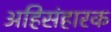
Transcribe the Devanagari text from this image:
अहिसंहारक